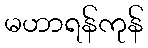
မဟာရန်ကုန်